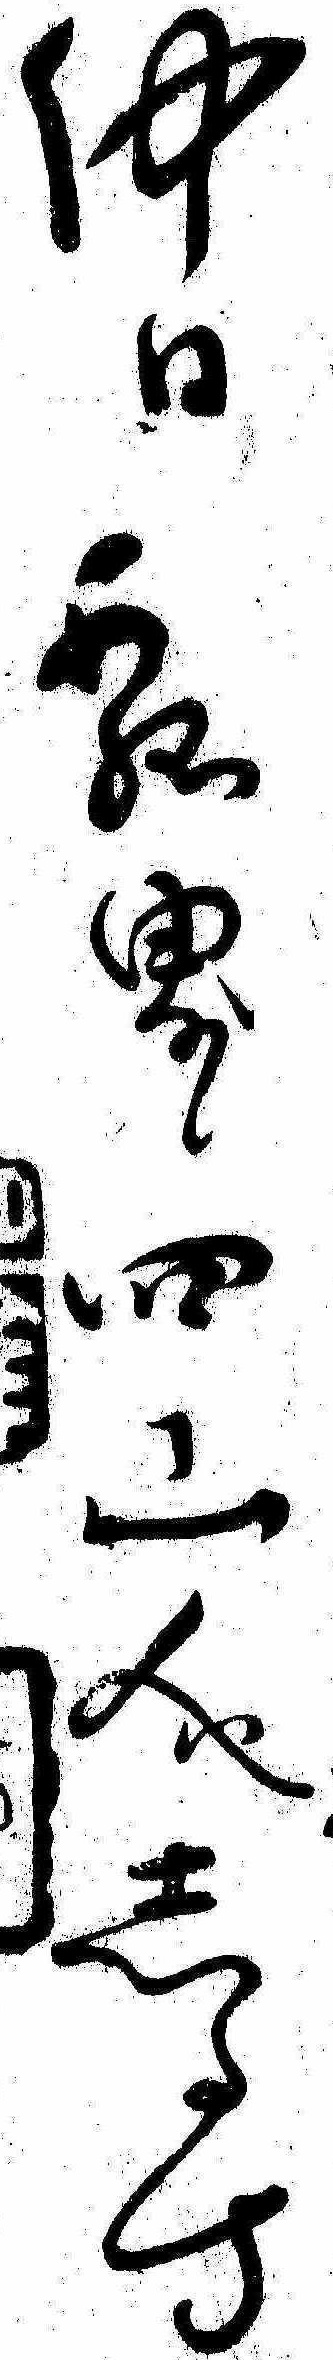
仲日瓢界四山人しるす